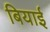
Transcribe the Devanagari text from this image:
बियाई